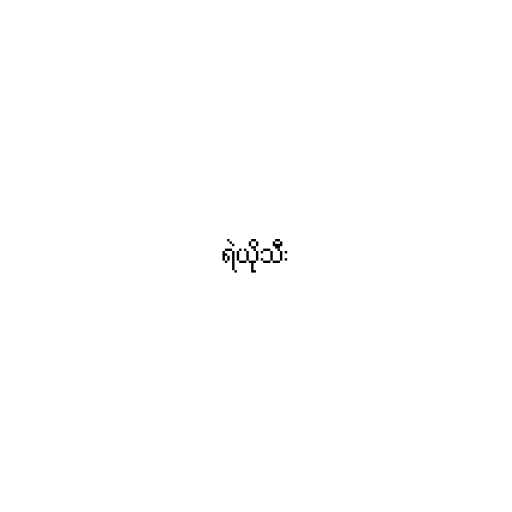
ရဲယိုသီး